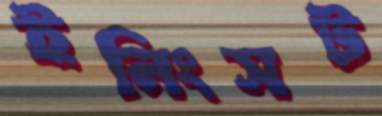
ইনিংসট